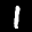
Label: 1